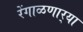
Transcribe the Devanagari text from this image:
रेंगाळणार्‍या